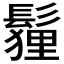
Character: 𩮞